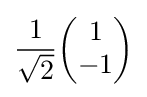
{\frac {1}{\sqrt {2}}}{\begin{pmatrix}1\\-1\end{pmatrix}}